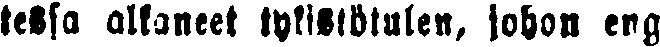
tessa alkaneet tykistötulen, johon eng